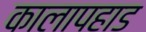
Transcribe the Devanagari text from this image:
कालापहाड